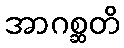
အာဂစ္ဆတိ